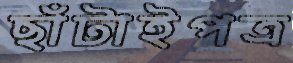
ছাঁটাইপত্র